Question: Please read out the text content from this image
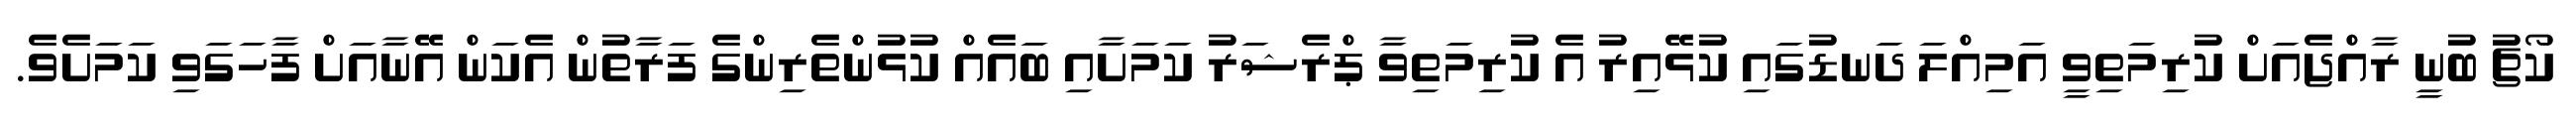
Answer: ކޯޗު ބުނީ ރާއްޖެއަށް ކުރިމަތިވީ އަމިއްލަ ދަނޑުގައި ކުޅޭއިރު އެ ކުރިމަތިވާ ޕްރެޝަރު ކަމަށާއި ބައެއް ކުޅުންތެރިންގެ ފަރާތުން އެކަން އޭނާއަށް ފާހަގަވި ކަމަށެވެ.